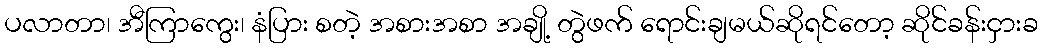
ပလာတာ၊ အီကြာကွေး၊ နံပြား စတဲ့ အစားအစာ အချို့ တွဲဖက် ရောင်းချမယ်ဆိုရင်တော့ ဆိုင်ခန်းငှားခ